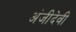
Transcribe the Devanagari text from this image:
अंजीदेवी